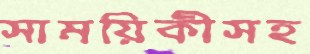
সাময়িকীসহ